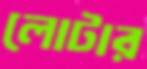
লোটার